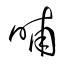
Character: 晡